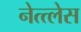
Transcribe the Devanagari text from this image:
नेत्त्लेस